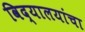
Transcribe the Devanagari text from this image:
विद्यालयांचा